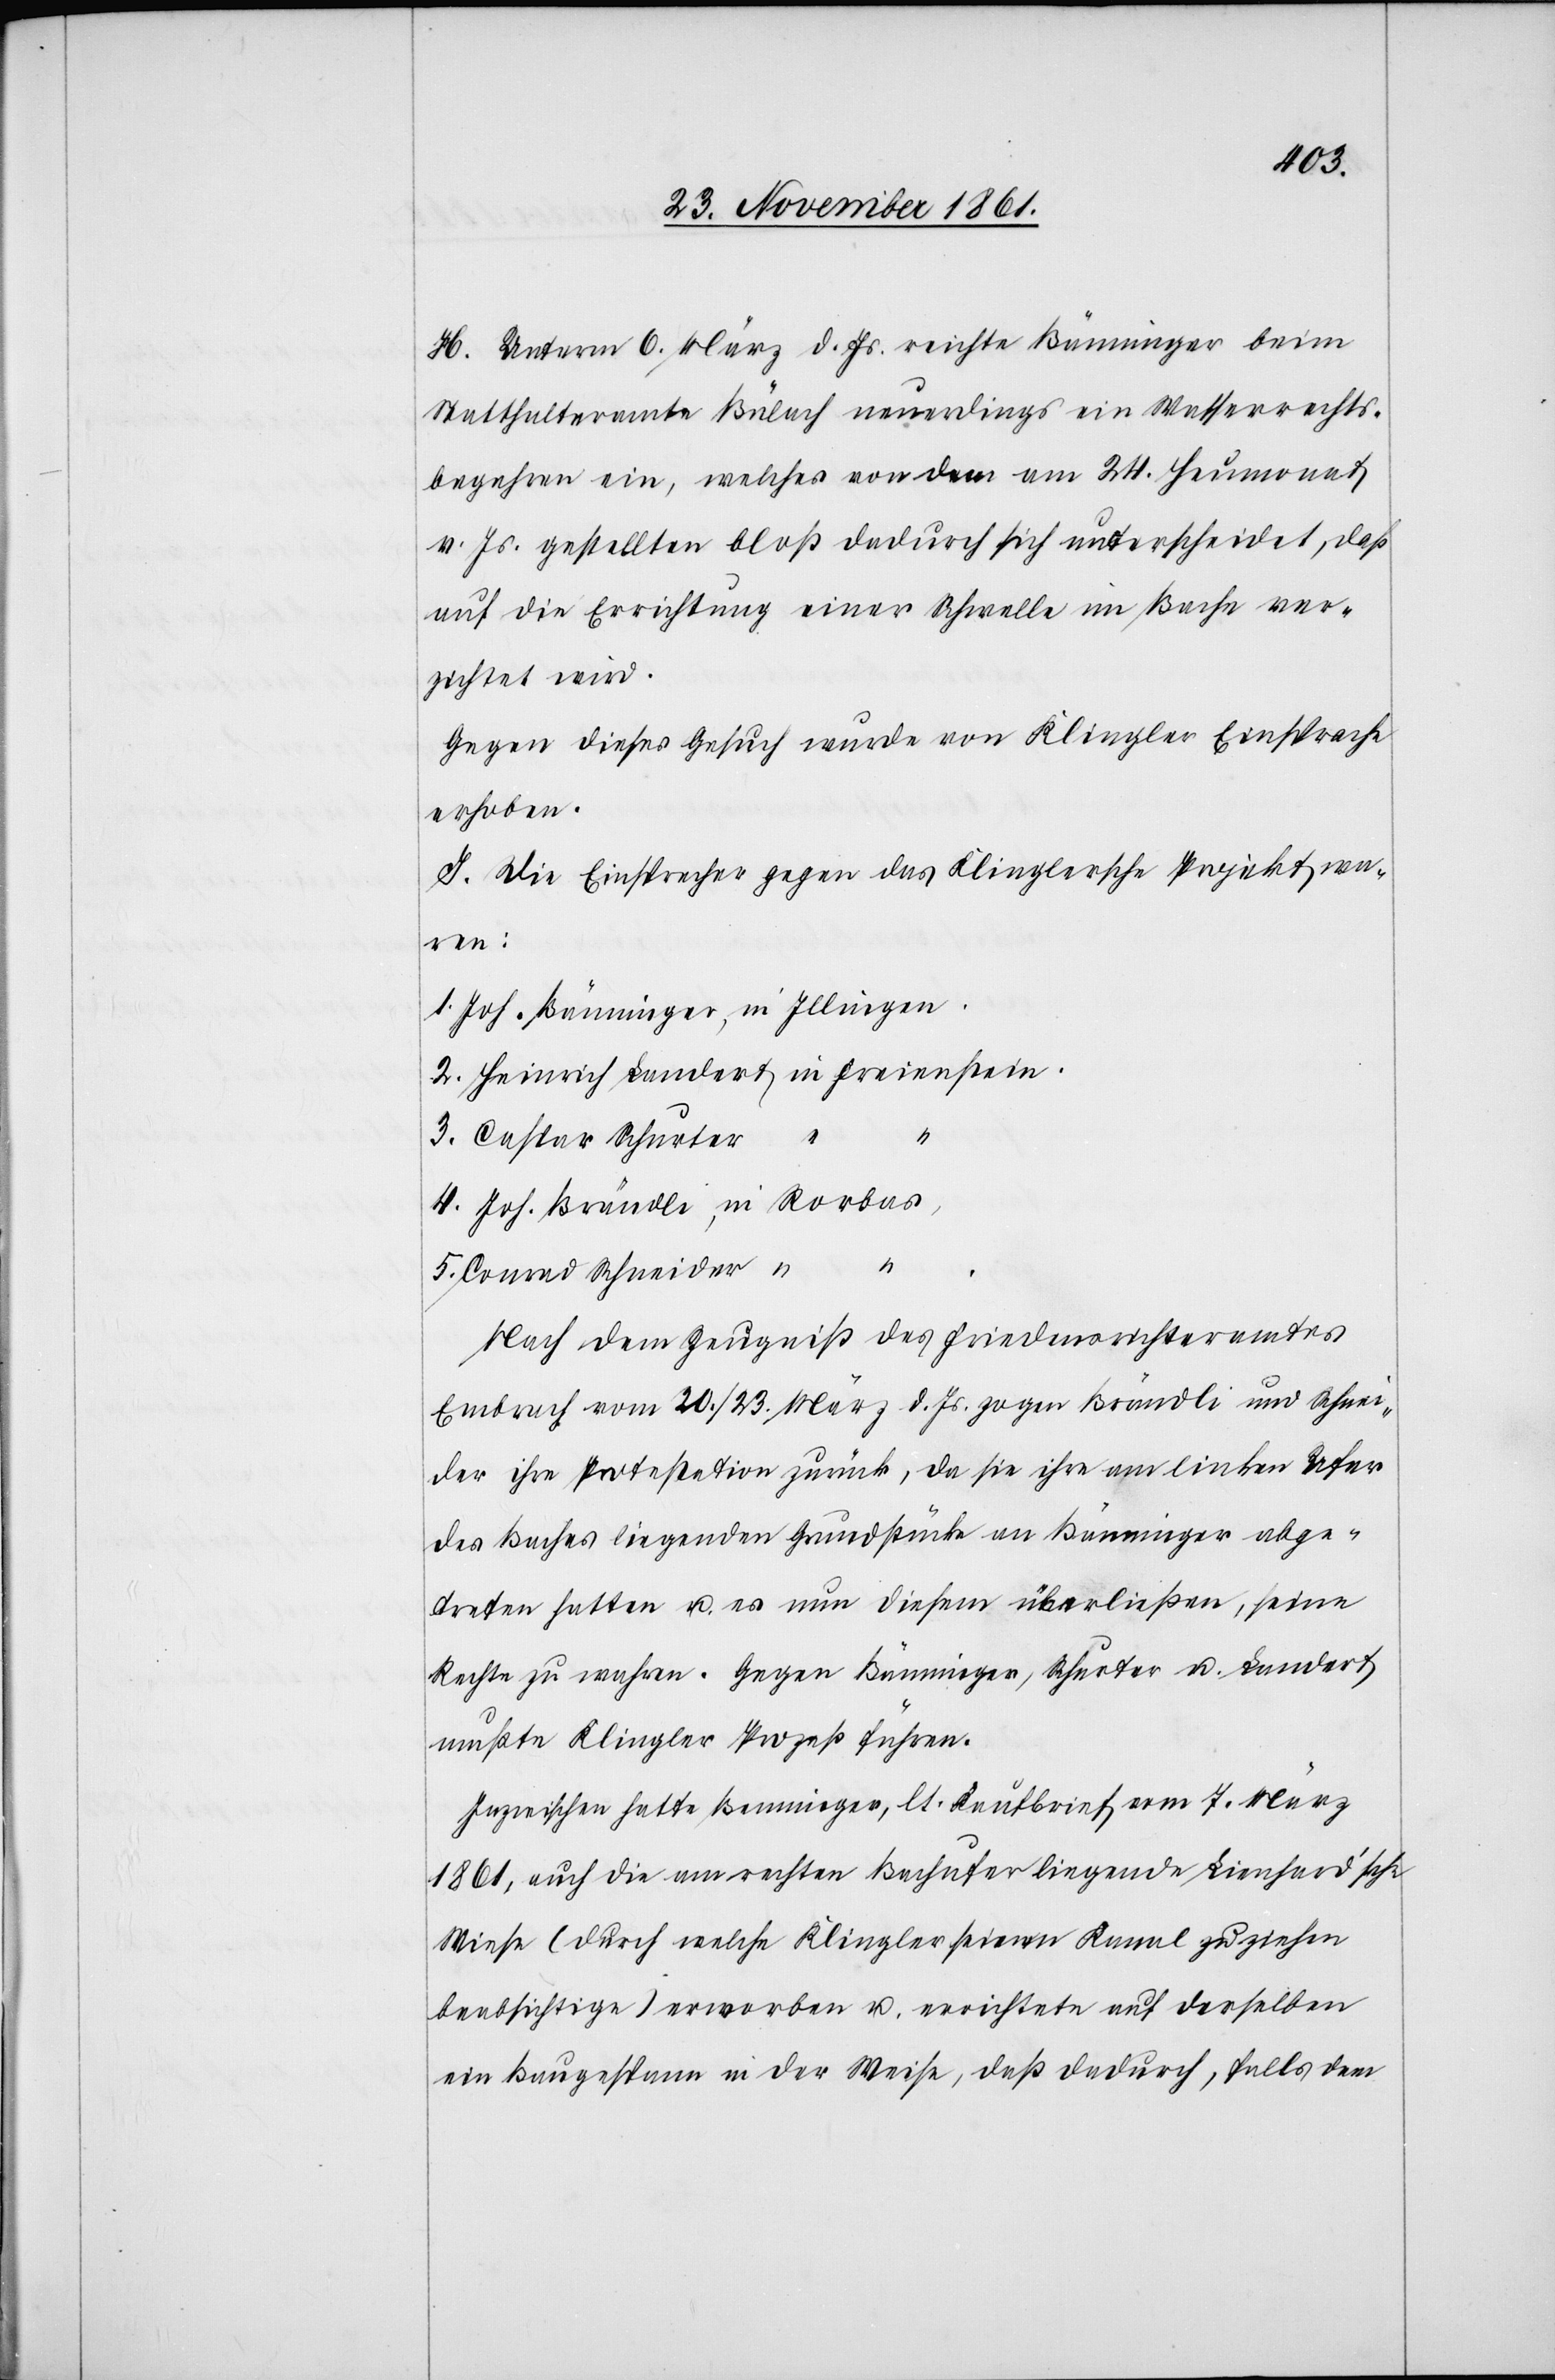
H. Unterm 6 März d. Js. reichte Bänninger beim
Statthalteramte Bülach neuerdings ein Wasserrechts¬
begehren ein, welches von dem am 24 Heumonat
v. Js. gestellten bloß dadurch sich unterscheidet, daß
auf die Errichtung einer Schwelle im Bache ver¬
zichtet wird.
Gegen dieses Gesuch wurde von Klingler Einsprache
erhoben.
J. Die Einsprecher gegen das Klinglersche Projekt wa¬
in
2.
3. Caspar Schurter
4.
5. Conrad Schneider
Nach dem Zeugniß des Friedensrichteramtes
Embrach vom 20 / 23 März d. Js. zogen Brändli und Schnei¬
der ihre Protestation zurück, da sie ihre am linken Ufer
des Baches liegenden Grundstücke an Bänninger abge¬
treten hatten u. es nun diesem überließen, seine
Rechte zu wahren. Gegen Bänninger, Schurter u. Landert
mußte Klingler Prozeß führen.
Inzwischen hatte Benninger [sic!], lt. Kaufbrief vom 7 März
1861, auch die am rechten Bachufer liegende Lienhard’sche
Wiese (durch welche Klingler seinen Kanal zu ziehen
beabsichtige) erworben u. errichtete auf derselben
ein Baugespann in der Weise, daß dadurch, falls dem